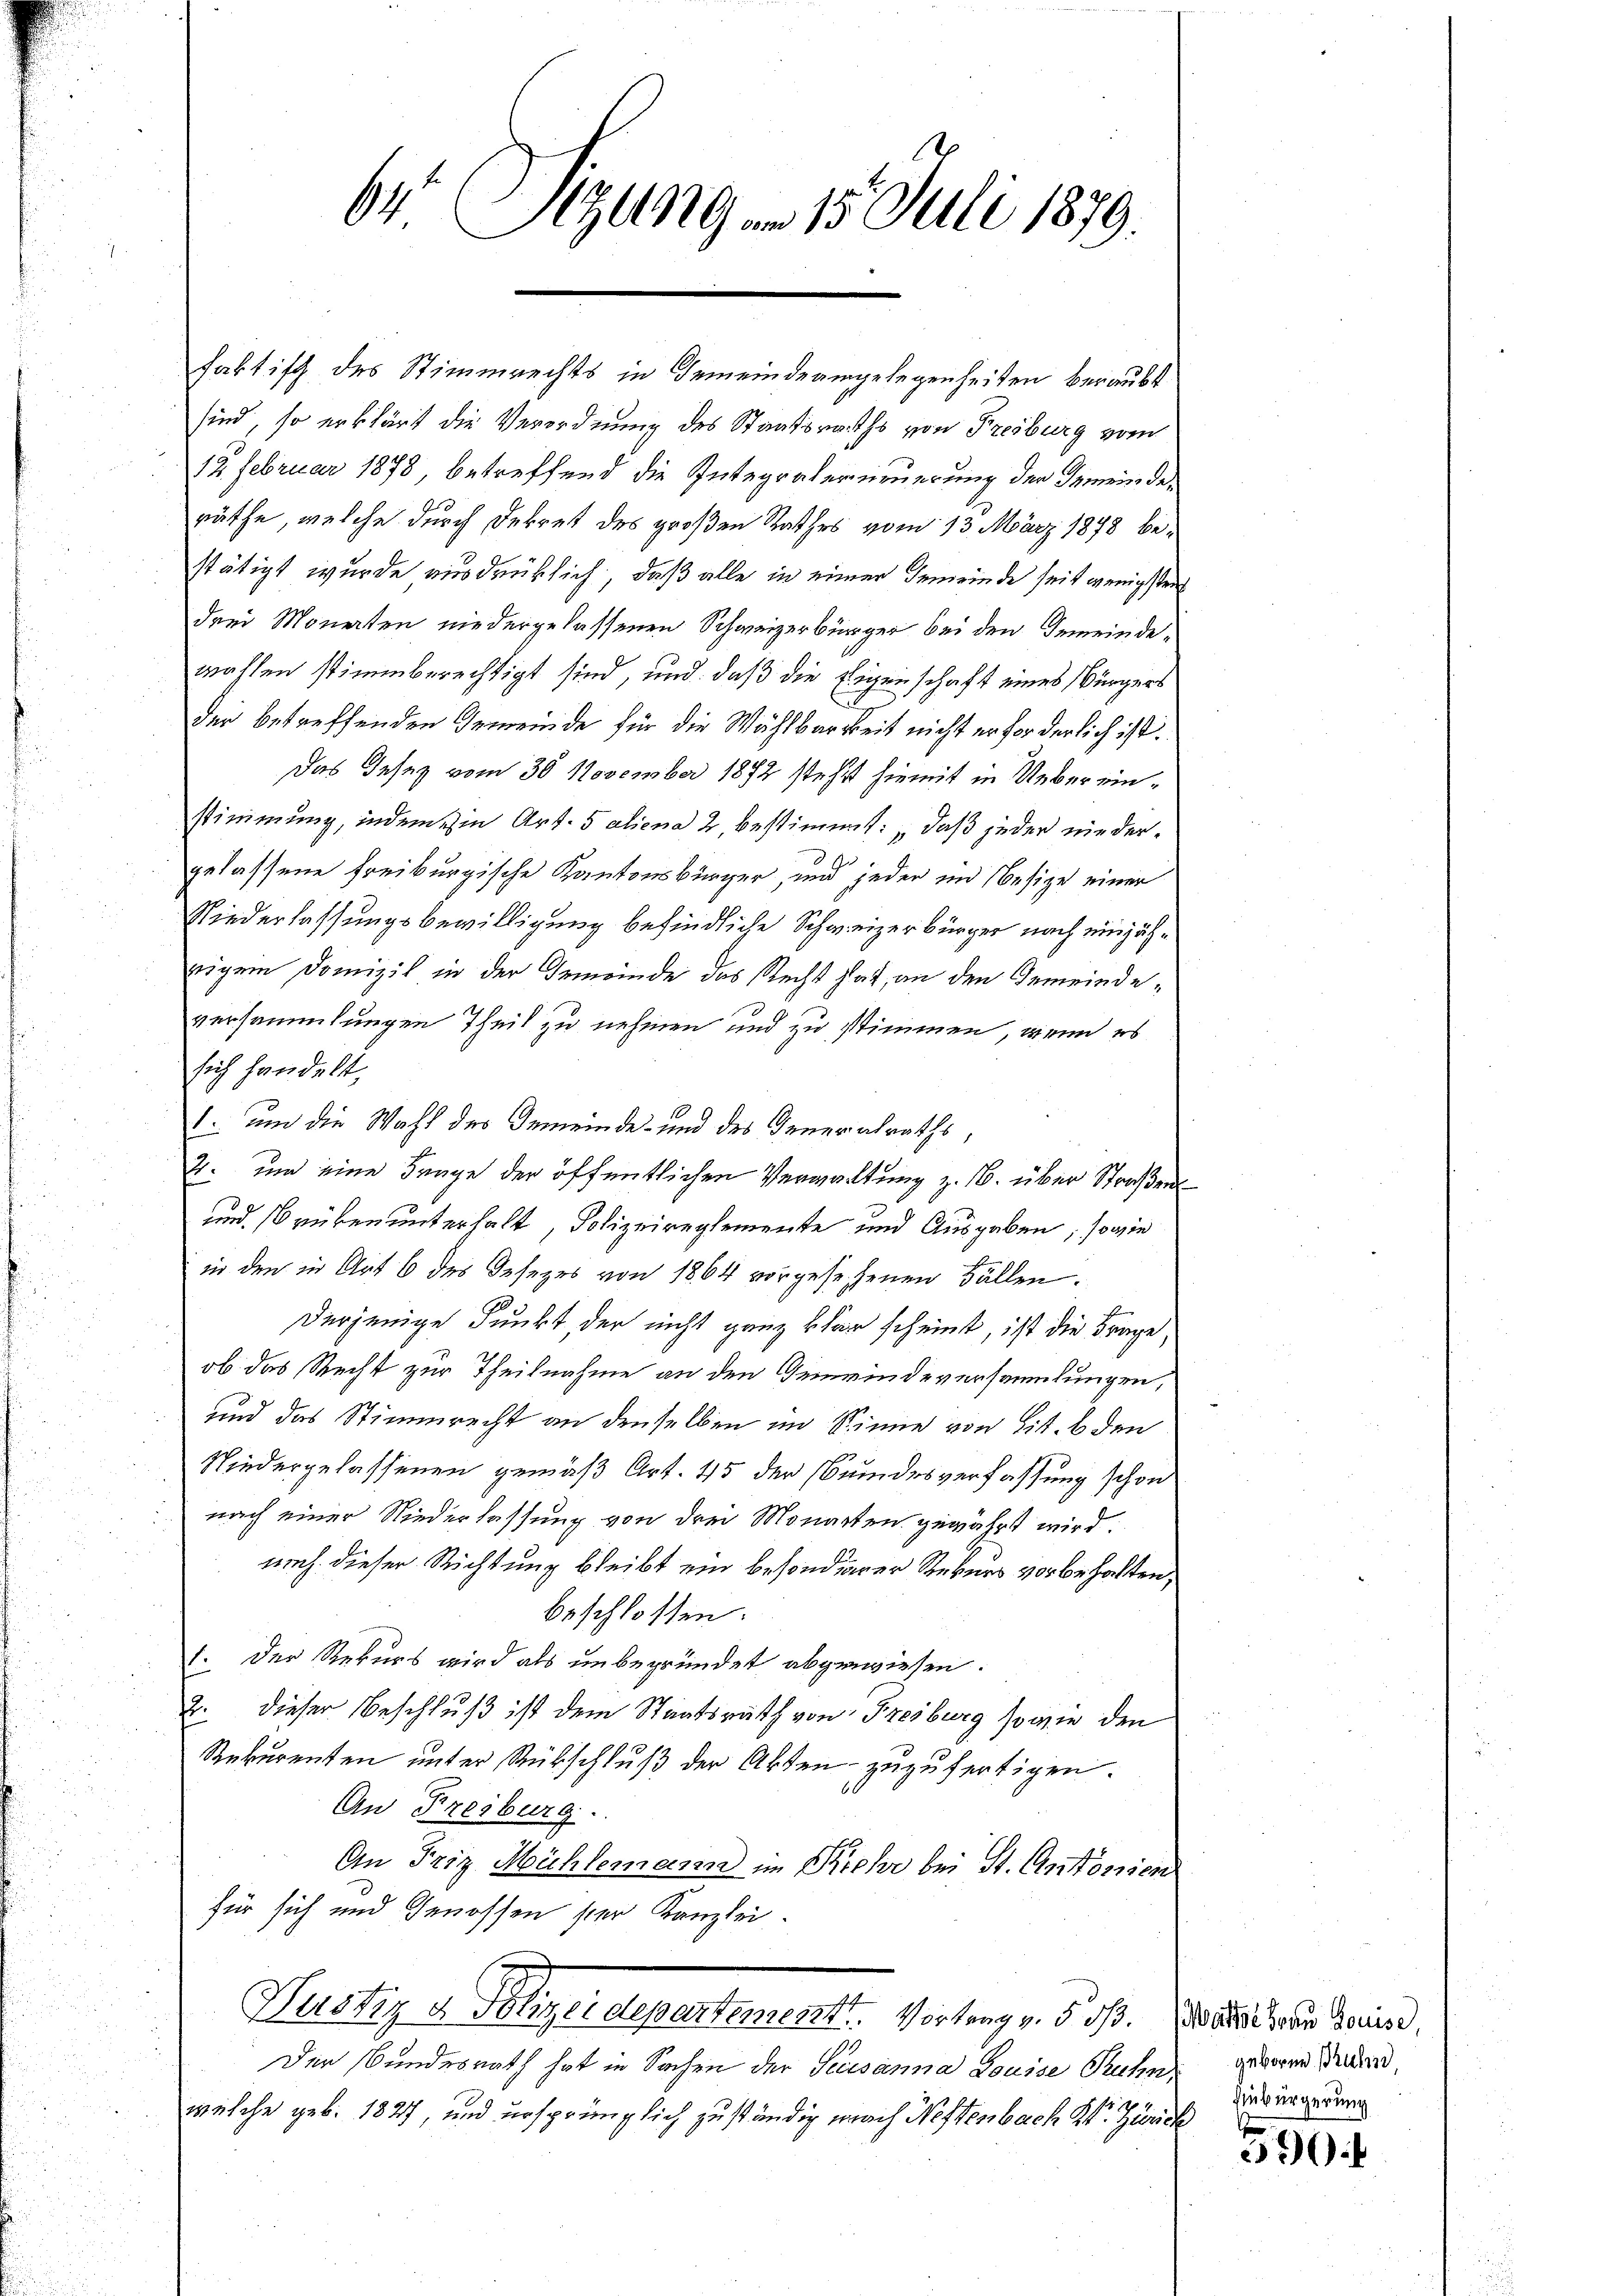
64 Sizung am 15. Juli 1879.

faktisch des Stimmrechts in Gemeindeangelegenheiten beraubt
sind, so erklärt die Verordnung des Staatsraths von Freiburg vom
12. Februar 1878, betreffend die Integraterneuerung der Gemeinderäthe, welche durch Dekret des großen Rathes vom 13. März 1878 bestätigt wurde ausdrücklich, daß alle in einer Gemeinde seit wenigsten
drei Monaten niedergelassenen Schweizerbürger bei den Gemeindewahlen stimmberechtigt sind, und daß die Eigenschaft eines Bürgers
der betreffenden Gemeinde für die Wählbarkeit nicht erforderlich ist.
Das Jesez vom 30 November 1892 stehst hiemit in Uebereinstimmung, indem ein Art. 5 aliena 2, bestimmt: „daß jeder niedergelassene Freiburgische Kantonsbürger, und jeder in Besize einer
Niederlassungsbewilligung befindliche Schweizerbürger nach einjährigem Domizil in der Gemeinde das Recht hat, an den Gemeindeversammlungen Theil zu nehmen und zu stimmen, wenn es
sich handelt,
1. um die Wahl des Gemeinde- und des Generalraths,
4. um eine Frage der öffentlichen Verwaltung z. B. über Straßens
und Brüken unterhalt, Polizeireglemente und Ausgaben, sowie
in den in Art 6 des Gesezes von 1864 vorgesehenen Fällen.
be
Derjenige Punkt, der nicht ganz klar scheint, ist die Frage,
ob das Recht zur Theilnahme an den Gemeindeversammlungen,
und das Stimmrecht an denselben im Sinne von lit. b den
Niedergelassenen gemäß Art. 45 der Bundesverfassung schon
nach einer Niederlassung von drei Monarten gewährt wird.
nach dieser Richtung bleibt ein besonderer Rekurs vorbehalten,
beschlossen:
1. Der Rekurs wird als unbegründet abgewiesen.
2. dieser Beschluß ist dem Staatsrath von Freiburg so wie den
Rekurenten unter Rübschluß der Akten zuzufertigen.
An Freiburg.
An Friz Mühlemann im Riehe bei St. Antonien
für sich und Genossen ser Kanzlei.
Justiz & Polizeidepartement. Vortrag v. 8. ds. Es ist aus deine,
Der Bundesrath hat in Sachen der Secesanna Louise Ruhn,
welche geb. 1827, und ursprünglich zuständig nach Neftenbach Kt. Zürich

geboren Brunn,
Einbürgerung

590.